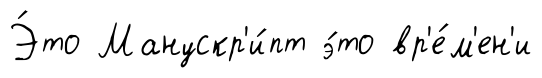
Э́то Манускр'и́пт э́то вр'е́м'ен'и